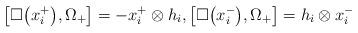
LaTeX: \begin{gather*}\big[\square\big(x_i^+\big), \Omega_+\big] = -x_i^+ \otimes h_i, \big[\square\big(x_i^-\big), \Omega_+\big] = h_i \otimes x_i^-\end{gather*}